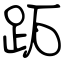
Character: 跖